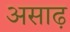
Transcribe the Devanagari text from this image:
असाढ़